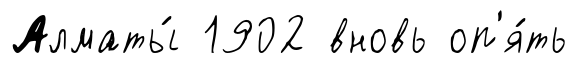
Алматы́ 1902 вновь оп'я́ть